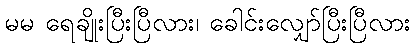
မမ ရေချိုးပြီးပြီလား၊ ခေါင်းလျှော်ပြီးပြီလား